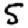
Digit: 5